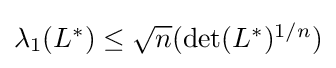
{\textstyle \lambda _{1}(L^{*})\leq {\sqrt {n}}({\text{det}}(L^{*})^{1/n})}